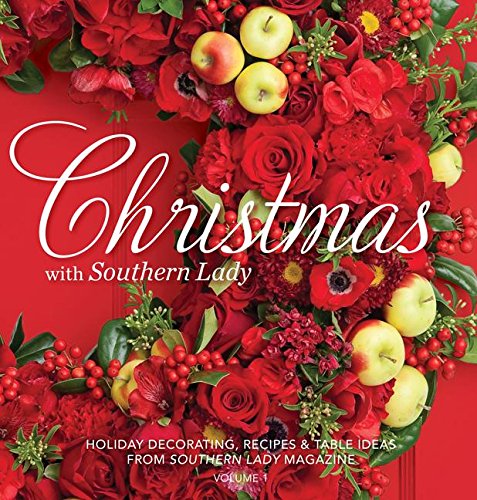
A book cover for Christmas with Southern Lady: Holiday Decorating, Recipes & Tables Ideas; Cookbooks, Food & Wine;